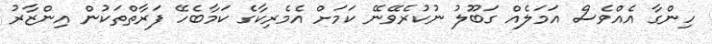
ހިންގާ އެއްވެސް އަމަލެއް ގަބޫލު ނުކުރެވޭނޭ ކަމަށް އެމެރިކާގެ ކަމާބެހޭ ފަރާތްތަކުން އިންޒާރު